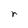
Character: r